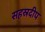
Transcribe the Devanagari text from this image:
सहस्रदीप